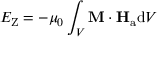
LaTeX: E _ { \mathrm { Z } } = - \mu _ { 0 } \int _ { V } \mathbf { M } \cdot \mathbf { H } _ { \mathrm { a } } \mathrm { d } V